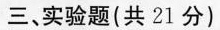
三、实验题(共21分)